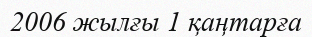
2006 жылғы 1 қаңтарға